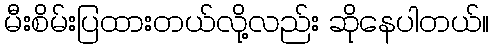
မီးစိမ်းပြထားတယ်လို့လည်း ဆိုနေပါတယ်။